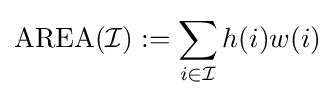
\mathrm {AREA} ({\mathcal {I}}):=\sum _{i\in {\mathcal {I}}}h(i)w(i)